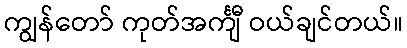
ကျွန်တော် ကုတ်အင်္ကျီ ဝယ်ချင်တယ်။